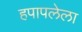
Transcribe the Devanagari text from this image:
हपापलेला